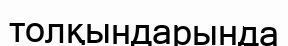
толқындарында